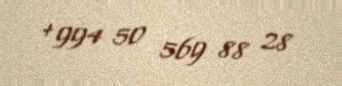
+994 50 569 88 28